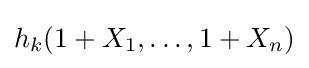
h_{k}(1+X_{1},\ldots ,1+X_{n})